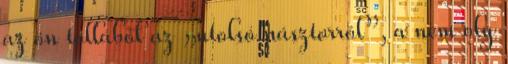
az ön tollából az „utolsó pásztorról”, a nem oly